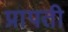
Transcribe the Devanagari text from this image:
प्रापती